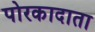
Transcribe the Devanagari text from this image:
पोरकादाता